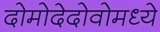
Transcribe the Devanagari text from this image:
दोमोदेदोवोमध्ये